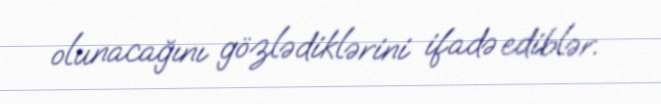
olunacağını gözlədiklərini ifadə ediblər.